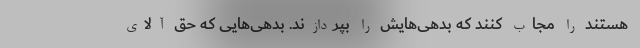
هستند را مجاب کنند که بدهی‌هایش را بپردازند. بدهی‌هایی که حق آلای